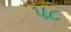
પ૮